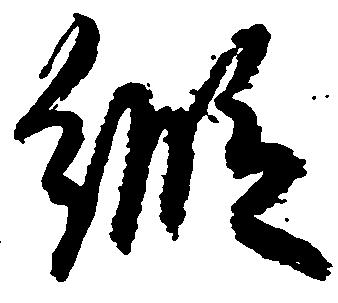
縦